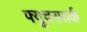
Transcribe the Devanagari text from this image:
फ्यूचरमार्क